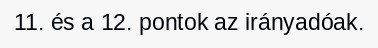
11. és a 12. pontok az irányadóak.